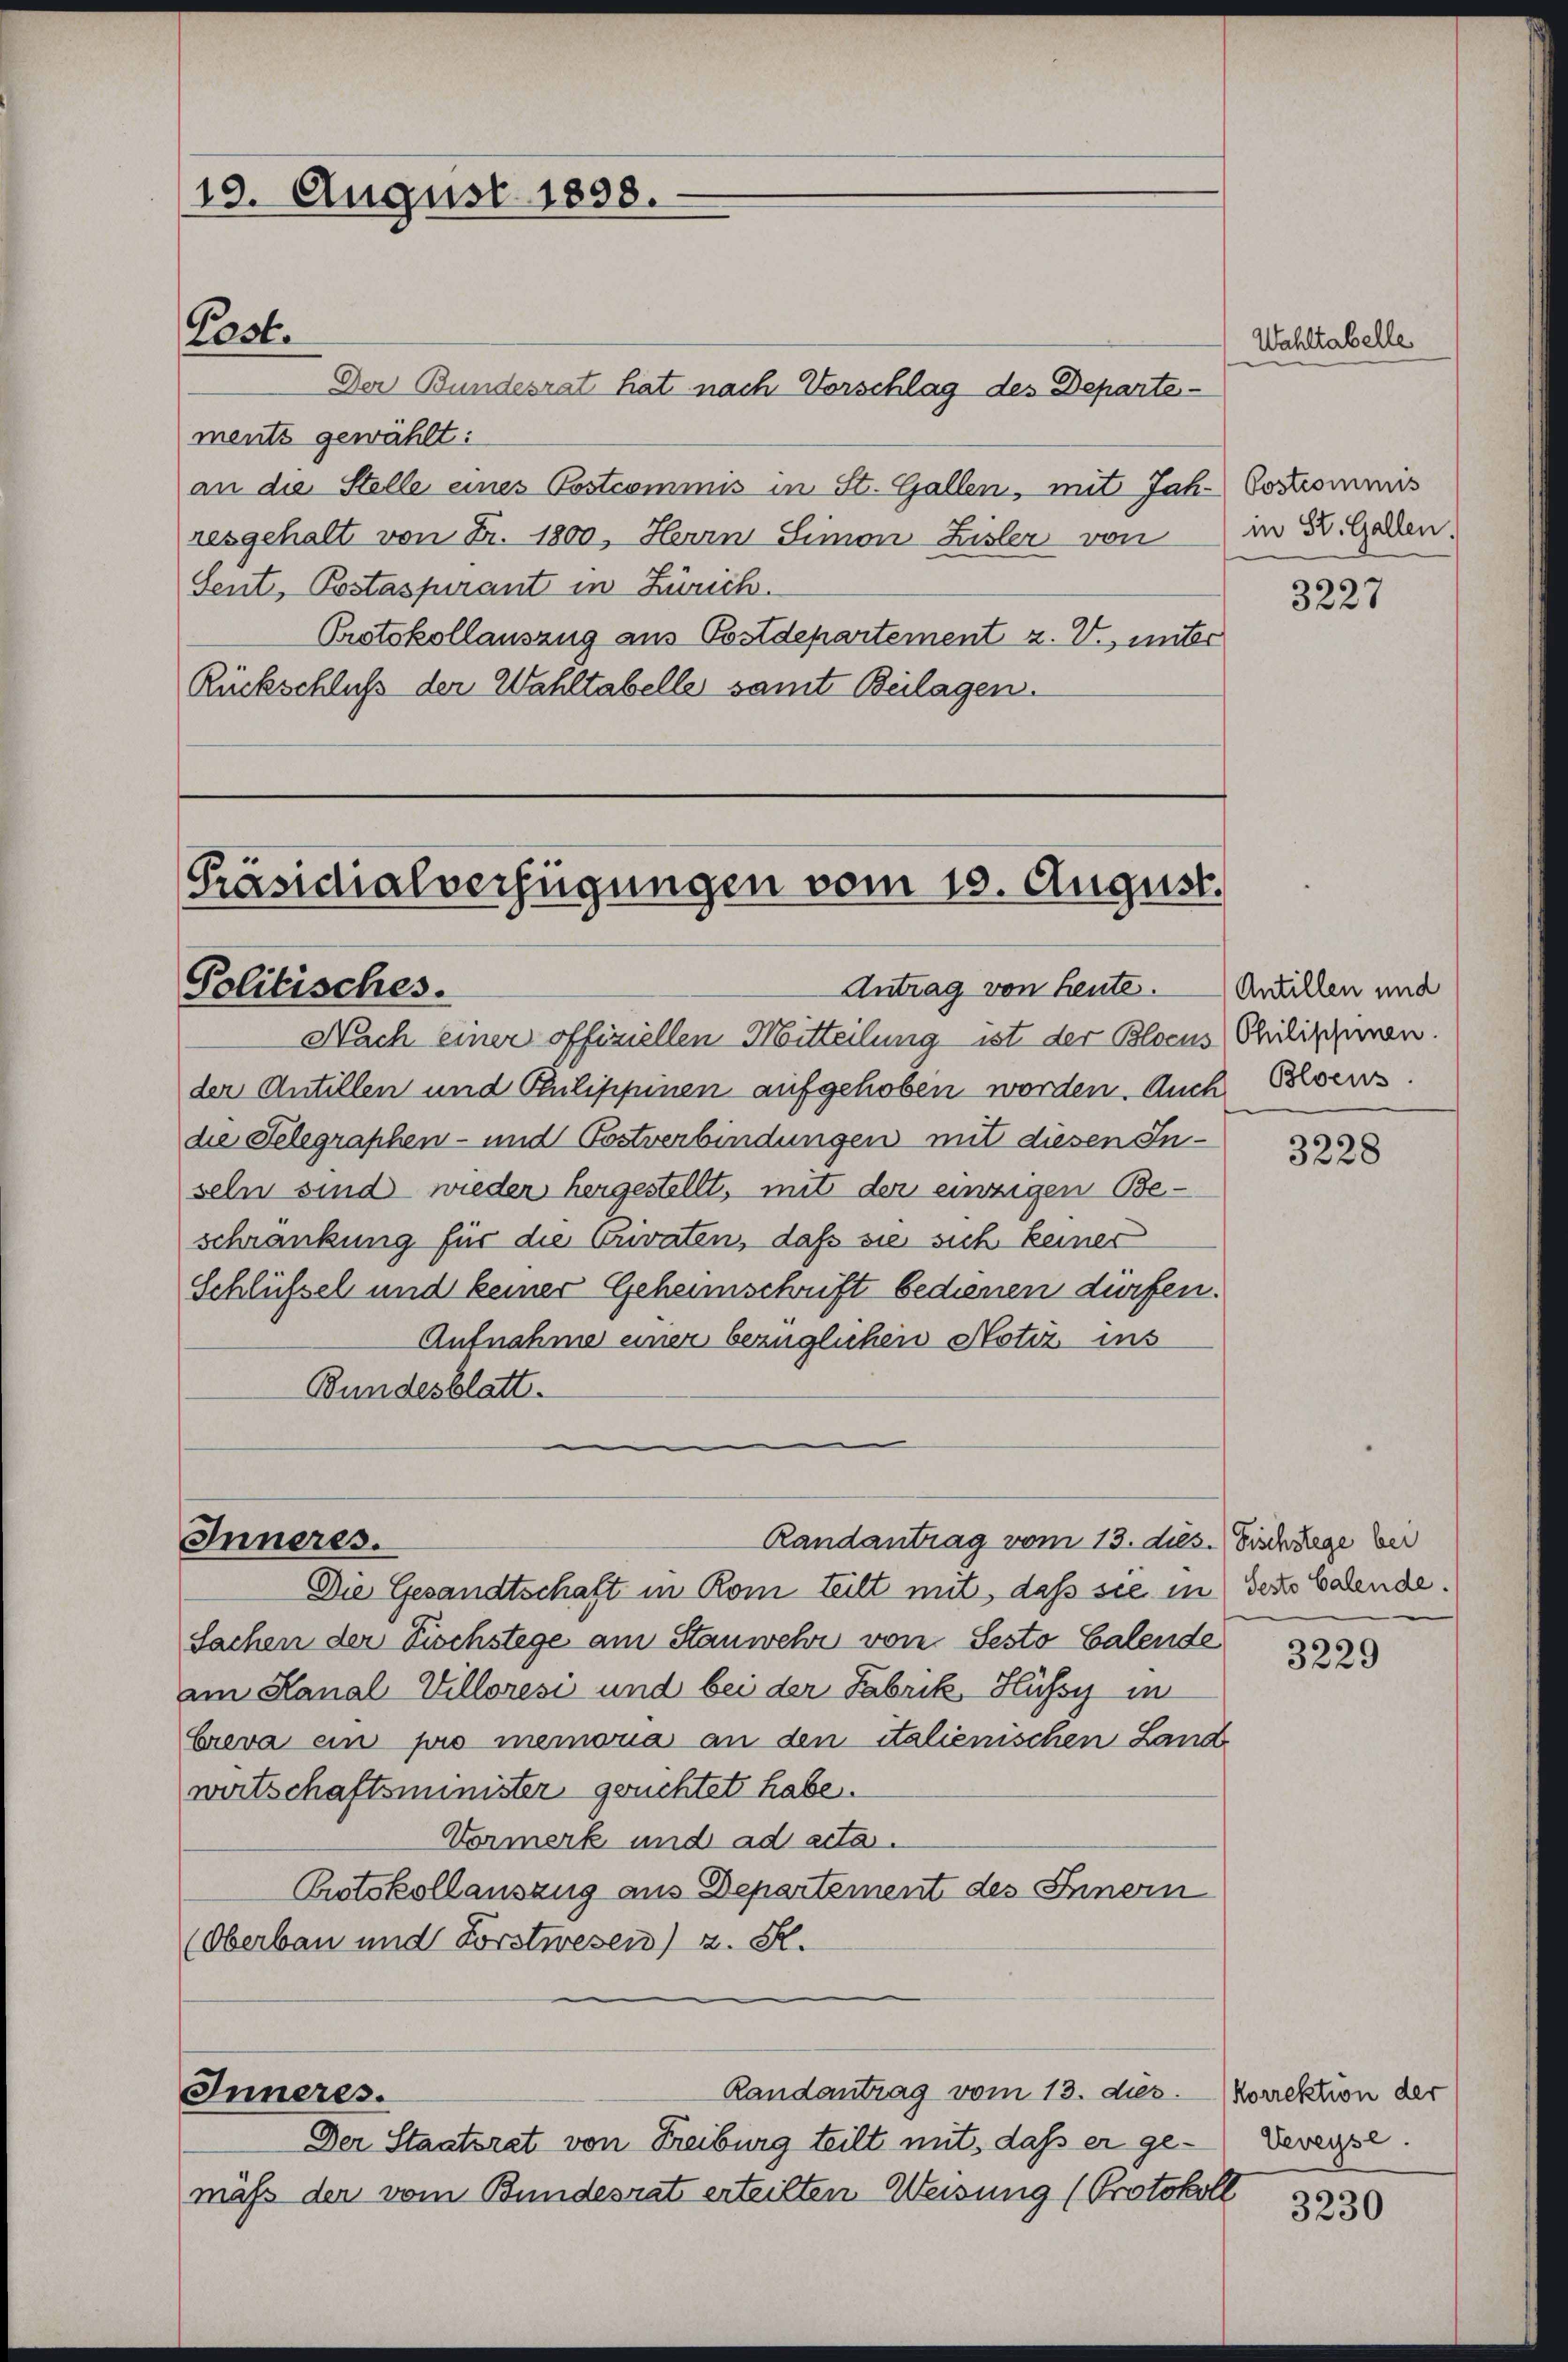
19. August 1858.

Past

Der Bundesrat hat nach Vorschlag des Departe-
ments gewählt:
an die Stelle eines Postcommis in St. Gallen, mit Jahr Cocommis
resgehalt von Fr. 1800. Herrn Simon Lisler von
Sent, Postaspirant in Zürich.
Protokollauszug aus Postdepartement z. V. unter
Rückschluß der Wahltabelle samt Beilagen.

[Präsidialverfügungen vom 10. August.
Antrag von heute. Antillen und
Politisches.

Inneres.

Nach einer offiziellen Mitteilung ist der Blocus Philischienen.
der Antillen und Philippinen aufgehoben worden. Auch Besers.
die Felegraphen- und Postverbindungen mit diesen In-
seln sind wieder hergestellt, mit der einzigen Be-
schränkung für die Privaten, daß sie sich keines
Schlüßel und keiner Geheimschrift bedienen dürfen.
Aufnahme einer bezüglichen Notiz ins
Bundesblatt.

Randantrag vom 13. ds. Fischlege bei

Die Gesandtschaft in Rom teilt mit, daß sie in der balende.
Sachen der Tischstege am Stanwehr von Sesto Galende
am Kanal Villoresi und bei der Fabrik Hüssy in
breva ein pro memoria an den italienischen Land
wirtschaftsminister gerichtet habe.
Vormerk und ad acta.
Protokollauszug aus Departement des Innern
(Oberbau und Forstwesen) z. B.
Randantrag vom 13. dies
Inneres.
Der Staatsrat von Freiburg teilt mit, daß er ge- Veveyse
mäß der vom Bundesrat erteilten Weisung (Protokoll

Wahltabelle

in St. Gallen.

3227

3228

3229

korrektion der

3230